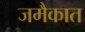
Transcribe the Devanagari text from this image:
जमैकात